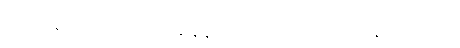
တဟုန်ထိုးတက်လာချိန်နဲ့လည်း တိုက်ဆိုင်နေပါတယ်။